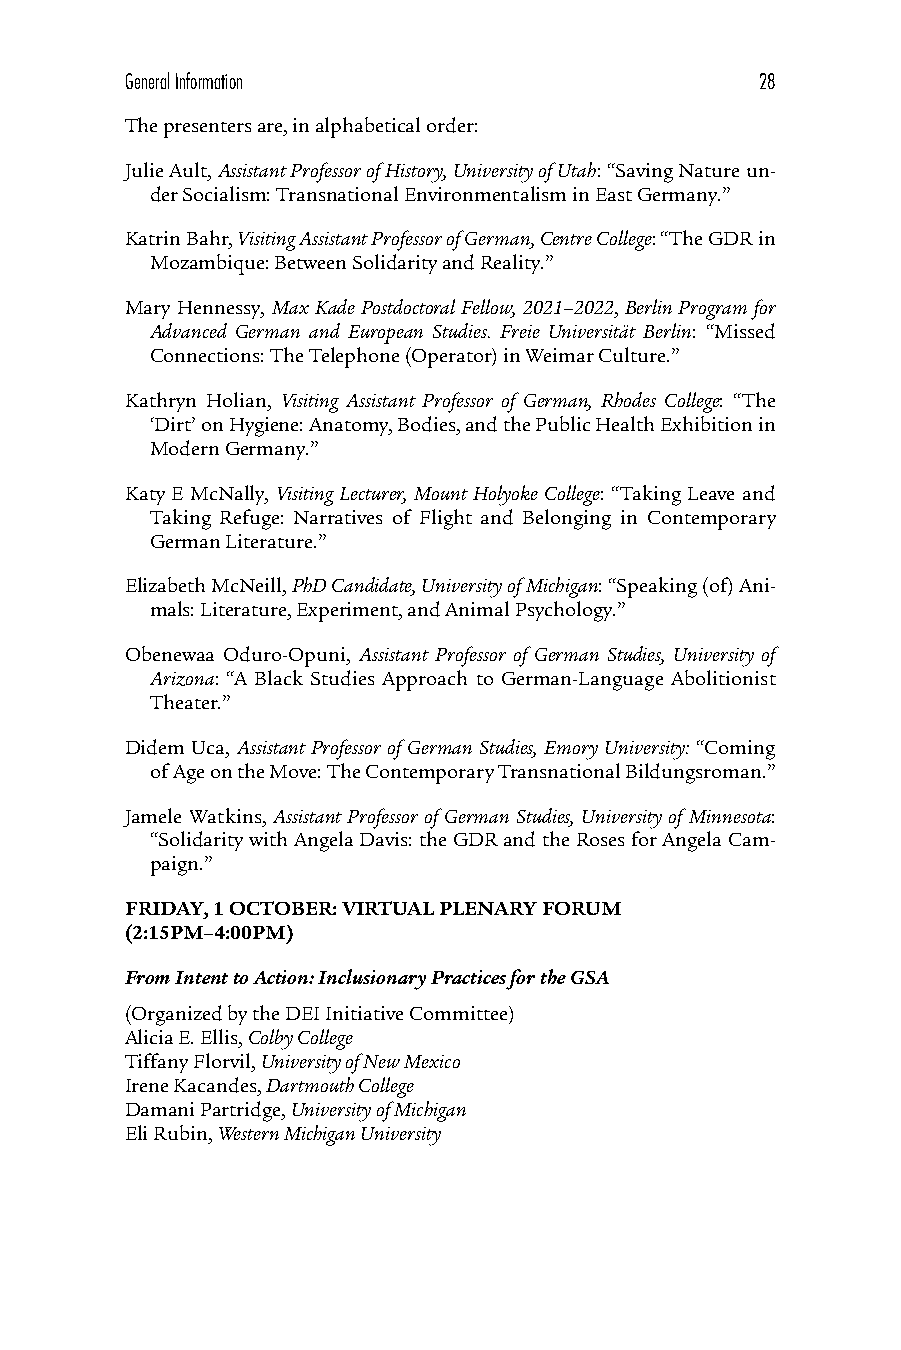
General Information                       28
 The presenters are, in alphabetical order:
 Julie Ault, Assistant Professor of History, University of Utah: “Saving Nature un-
 der Socialism: Transnational Environmentalism in East Germany.”
 Katrin Bahr, Visiting Assistant Professor of German, Centre College: “The GDR in
 Mozambique: Between Solidarity and Reality.”
 Mary Hennessy, Max Kade Postdoctoral Fellow, 2021–2022, Berlin Program for
 Advanced German and European Studies. Freie Universität Berlin: “Missed
 Connections: The Telephone (Operator) in Weimar Culture.”
 Kathryn Holian, Visiting Assistant Professor of German, Rhodes College: “The
 ‘Dirt’ on Hygiene: Anatomy, Bodies, and the Public Health Exhibition in
 Modern Germany.”
 Katy E McNally, Visiting Lecturer, Mount Holyoke College: “Taking Leave and
 Taking Refuge: Narratives of Flight and Belonging in Contemporary
 German Literature.”
 Elizabeth McNeill, PhD Candidate, University of Michigan: “Speaking (of) Ani-
 mals: Literature, Experiment, and Animal Psychology.”
 Obenewaa Oduro-Opuni, Assistant Professor of German Studies, University of
 Arizona: “A Black Studies Approach to German-Language Abolitionist
 Theater.”
 Didem Uca, Assistant Professor of German Studies, Emory University: “Coming
 of Age on the Move: The Contemporary Transnational Bildungsroman.”
 Jamele Watkins, Assistant Professor of German Studies, University of Minnesota:
 “Solidarity with Angela Davis: the GDR and the Roses for Angela Cam-
 paign.”
 FRIDAY, 1 OCTOBER: VIRTUAL PLENARY FORUM
 (2:15PM–4:00PM)
 From Intent to Action: Inclusionary Practices for the GSA
 (Organized by the DEI Initiative Committee)
 Alicia E. Ellis, Colby College
 Tiffany Florvil, University of New Mexico
 Irene Kacandes, Dartmouth College
 Damani Partridge, University of Michigan
 Eli Rubin, Western Michigan University